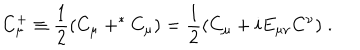
C _ { \mu } ^ { + } \equiv \frac { 1 } { 2 } ( C _ { \mu } + ^ { * } C _ { \mu } ) = \frac { 1 } { 2 } ( C _ { \mu } + i E _ { \mu \nu } C ^ { \nu } ) \; .